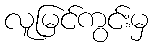
လူမြင်ကွင်းမှ